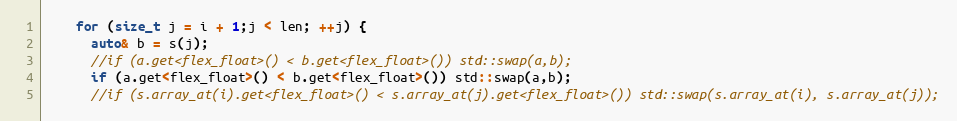
Language: C++
    for (size_t j = i + 1;j < len; ++j) {
      auto& b = s(j);
      //if (a.get<flex_float>() < b.get<flex_float>()) std::swap(a,b);
      if (a.get<flex_float>() < b.get<flex_float>()) std::swap(a,b);
      //if (s.array_at(i).get<flex_float>() < s.array_at(j).get<flex_float>()) std::swap(s.array_at(i), s.array_at(j));